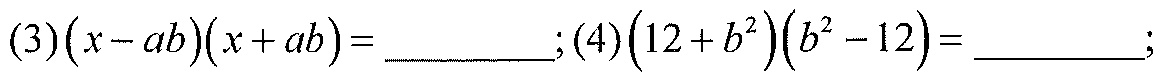
(3)\((x - ab)(x + ab)=\)  __________ ;(4)\((12 + b^{2})(b^{2} - 12)=\)  __________ ;